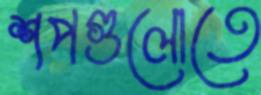
শপগুলোতে